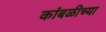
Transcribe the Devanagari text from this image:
कांबळीच्या